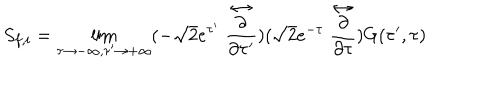
LaTeX: S _ { f , i } = \lim _ { \tau \rightarrow - \infty , \tau ^ { \prime } \rightarrow + \infty } ( - \sqrt { 2 } e ^ { \tau ^ { \prime } } \stackrel { \leftrightarrow } { \frac { \partial } { \partial \tau ^ { \prime } } } ) ( \sqrt { 2 } e ^ { - \tau } \stackrel { \leftrightarrow } { \frac { \partial } { \partial \tau } } ) G ( \tau ^ { \prime } , \tau )